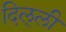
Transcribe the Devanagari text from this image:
दिल्‌ली